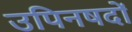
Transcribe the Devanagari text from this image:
उपिनषदों